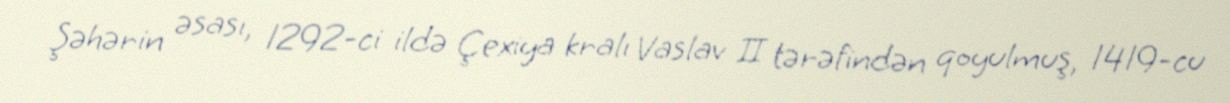
Şəhərin əsası, 1292-ci ildə Çexiya kralı Vaslav II tərəfindən qoyulmuş, 1419-cu